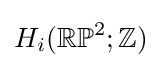
H_{i}(\mathbb {RP} ^{2};\mathbb {Z} )